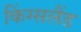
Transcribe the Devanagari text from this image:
किंग्सलैंड